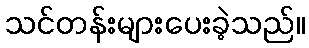
သင်တန်းများပေးခဲ့သည်။